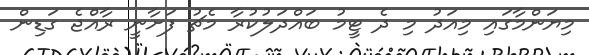
މިޔަންމާގައި މިއަދު މި ދެ ޓީމު ބައްދަލުކުރާ މެޗު ފަށާނީ ރާއްޖެ ގަޑިން